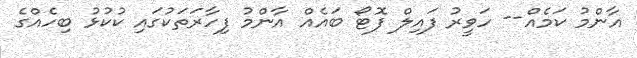
އާންމު ކަމެއް-- ހަވީރު ފައިލް ފޮޓޯ ބައެއް އާންމު ފިހާރަތަކުގައި ކުކުޅު ބިހެއްގެ